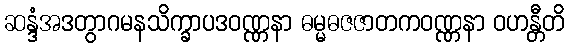
ဆန္ဒံအဒတွာဂမနသိက္ခာပဒဝဏ္ဏနာ ဓမ္မဓဇဇာတကဝဏ္ဏနာ ဝဟန္တီတိ